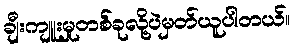
ချီးကျူးမှုတစ်ခုလို့ပဲမှတ်ယူပါတယ်။